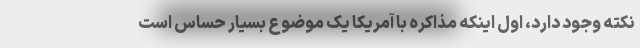
نکته وجود دارد، اول اینکه مذاکره با آمریکا یک موضوع بسیار حساس است